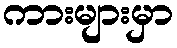
ကားများမှာ